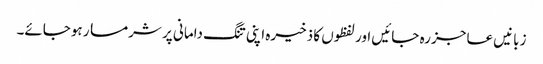
زبانیں عاجز رہ جائیں اور لفظوں کا ذخیرہ اپنی تنگ دامانی پر شرمسار ہوجائے۔